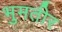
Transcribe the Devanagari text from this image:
भुमतीर